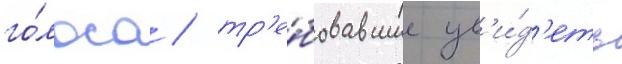
го́лоса / тр'е́бовавшие ув'и́д'еть